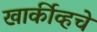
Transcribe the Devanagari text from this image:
खार्कीव्हचे